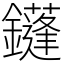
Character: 鑝